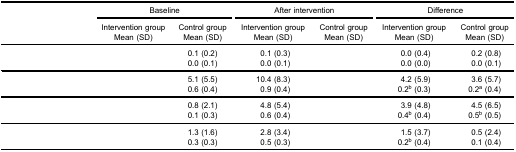
<table><thead><tr><td>[EMPTY_CELL]</td><td colspan="2"><b>Baseline</b></td><td colspan="2"><b>After intervention</b></td><td colspan="2"><b>Difference</b></td></tr><tr><td>[EMPTY_CELL]</td><td><b>Intervention group</b></td><td><b>Control group</b></td><td><b>Intervention group</b></td><td><b>Control group</b></td><td><b>Intervention group</b></td><td><b>Control group</b></td></tr><tr><td>[EMPTY_CELL]</td><td><b>Mean (SD)</b></td><td><b>Mean (SD)</b></td><td><b>Mean (SD)</b></td><td><b>Mean (SD)</b></td><td><b>Mean (SD)</b></td><td><b>Mean (SD)</b></td></tr></thead><tbody><tr><td>[EMPTY_CELL]</td><td>[EMPTY_CELL]</td><td>0.1 (0.2)</td><td>0.1 (0.3)</td><td>[EMPTY_CELL]</td><td>0.0 (0.4)</td><td>0.2 (0.8)</td></tr><tr><td>[EMPTY_CELL]</td><td>[EMPTY_CELL]</td><td>0.0 (0.1)</td><td>0.0 (0.1)</td><td>[EMPTY_CELL]</td><td>0.0 (0.0)</td><td>0.0 (0.1)</td></tr><tr><td>[EMPTY_CELL]</td><td>[EMPTY_CELL]</td><td>5.1 (5.5)</td><td>10.4 (8.3)</td><td>[EMPTY_CELL]</td><td>4.2 (5.9)</td><td>3.6 (5.7)</td></tr><tr><td>[EMPTY_CELL]</td><td>[EMPTY_CELL]</td><td>0.6 (0.4)</td><td>0.9 (0.4)</td><td>[EMPTY_CELL]</td><td>0.2<sup>b</sup> (0.3)</td><td>0.2<sup>a</sup> (0.4)</td></tr><tr><td>[EMPTY_CELL]</td><td>[EMPTY_CELL]</td><td>0.8 (2.1)</td><td>4.8 (5.4)</td><td>[EMPTY_CELL]</td><td>3.9 (4.8)</td><td>4.5 (6.5)</td></tr><tr><td>[EMPTY_CELL]</td><td>[EMPTY_CELL]</td><td>0.1 (0.3)</td><td>0.6 (0.4)</td><td>[EMPTY_CELL]</td><td>0.4<sup>b</sup> (0.4)</td><td>0.5<sup>b</sup> (0.5)</td></tr><tr><td>[EMPTY_CELL]</td><td>[EMPTY_CELL]</td><td>1.3 (1.6)</td><td>2.8 (3.4)</td><td>[EMPTY_CELL]</td><td>1.5 (3.7)</td><td>0.5 (2.4)</td></tr><tr><td>[EMPTY_CELL]</td><td>[EMPTY_CELL]</td><td>0.3 (0.3)</td><td>0.5 (0.3)</td><td>[EMPTY_CELL]</td><td>0.2<sup>b</sup> (0.4)</td><td>0.1 (0.4)</td></tr></tbody></table>